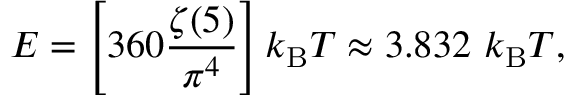
E = \left[ 3 6 0 { \frac { \zeta ( 5 ) } { \pi ^ { 4 } } } \right] k _ { \mathrm { B } } T \approx 3 . 8 3 2 \ k _ { \mathrm { B } } T ,